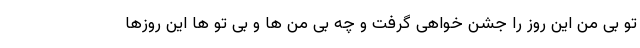
تو بی من این روز را جشن خواهی گرفت و چه بی من ها و بی تو ها این روزها